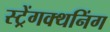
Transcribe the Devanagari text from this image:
स्ट्रेंगक्थनिंग